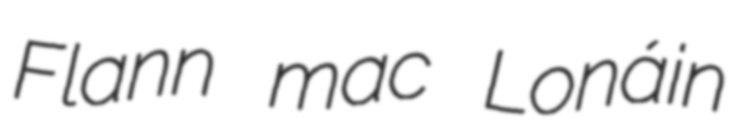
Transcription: Flann mac Lonáin